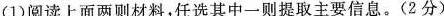
(1)阅读上面两则材料，任选其中一则提取主要信息。(2分)